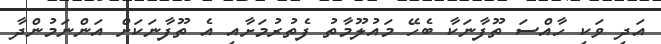
އަދި ވަކި ހާއްސަ ތޫފާނަކާ ބެހޭ މައުލޫމާތު ފެތުރުމަށާއި އެ ތޫފާނަކަށް އަންނަމުންދާ